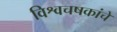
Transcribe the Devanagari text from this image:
विश्वचषकांचे